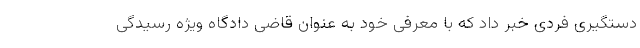
دستگیری فردی خبر داد که با معرفی خود به عنوان قاضی دادگاه ویژه رسیدگی